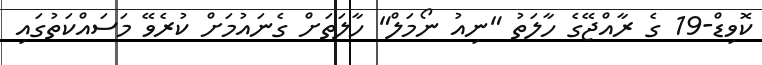
ކޮވިޑް-19 ގެ ރާއްޖޭގެ ހާލަތު "ނިއު ނޯމަލް" ހާލަތަށް ގެނައުމަށް ކުރެވޭ މަސައްކަތުގައި